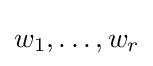
w_{1},\ldots ,w_{r}